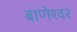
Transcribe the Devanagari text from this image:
बाणेश्‍वर